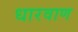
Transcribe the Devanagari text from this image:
धारवाण